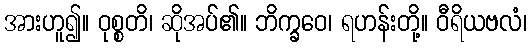
အားဟူ၍။ ဝုစ္စတိ၊ ဆိုအပ်၏။ ဘိက္ခဝေ၊ ရဟန်းတို့။ ဝီရိယဗလံ၊